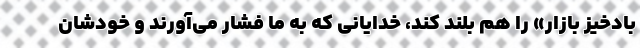
بادخیز بازار» را هم بلند کند، خدایانی که به ما فشار می‌آورند و خودشان